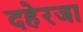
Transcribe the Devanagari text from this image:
दहेरजा